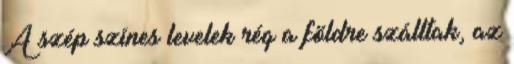
A szép színes levelek rég a földre szálltak, az